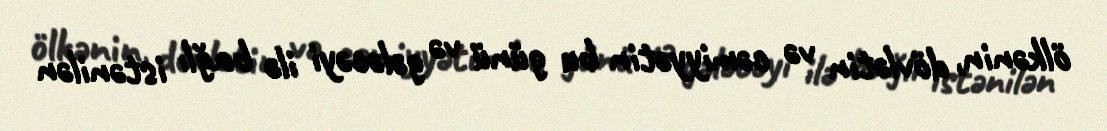
ölkənin, dövlətin və cəmiyyətin bu günü və gələcəyi ilə bağlı istənilən